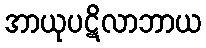
အာယုပဋိလာဘာယ